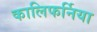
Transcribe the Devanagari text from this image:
कालिफर्निया